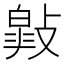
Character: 𢿎